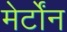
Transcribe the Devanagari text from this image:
मेर्टोंन